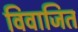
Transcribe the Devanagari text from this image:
विवाजित